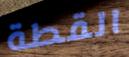
القطة